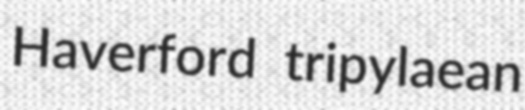
Haverford tripylaean